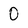
Character: 0